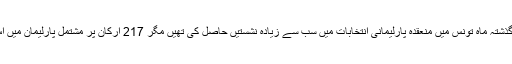
میڈیارپورٹس کے مطابق النہضہ نے گذشتہ ماہ تْونس میں منعقدہ پارلیمانی انتخابات میں سب سے زیادہ نشستیں حاصل کی تھیں مگر 217 ارکان پر مشتمل پارلیمان میں اس کی نشستوں کی تعداد 52 رہی تھی۔